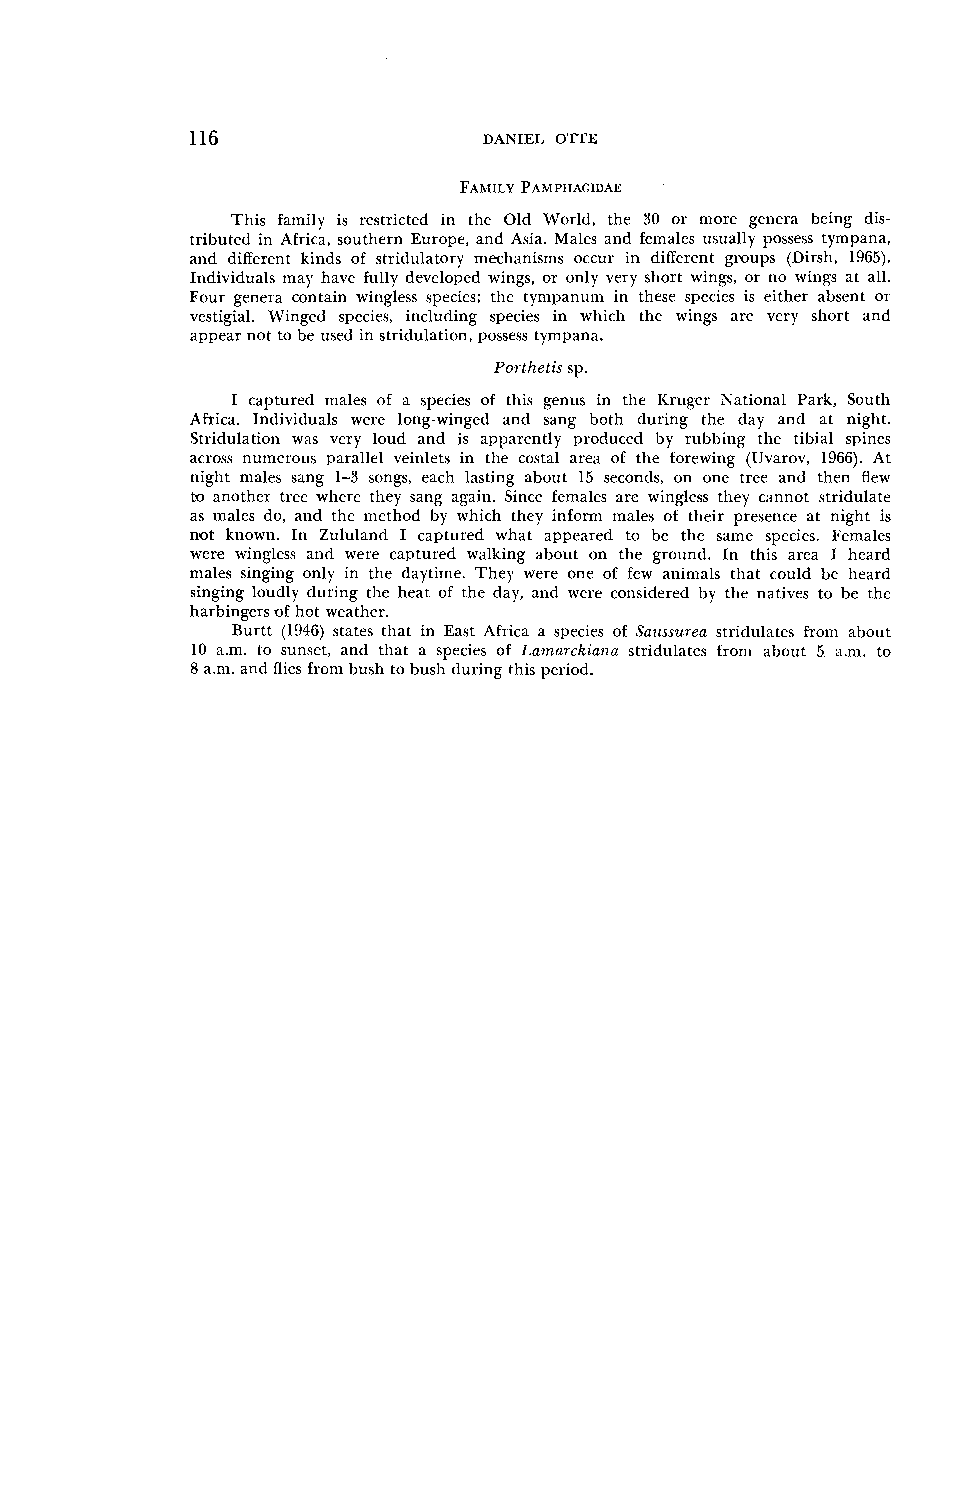
116                DANIEL OTTE
 This family is restricted in the Old World, the 30 or more genera being dis-
 tributed in Africa, southern Europe, and Asia. Males and females usually possess tympana,
 and different kinds of stridulatory mechanisms occur in different groups (Dirsh, 1965).
 Individuals may have fully developed wings, or only very short wings, or no wings at all.
 Four genera contain wingless species; the tympanum in these species is either absent or
 vestigial. Winged species, including species in which the wings are very short and
 appear not to be used in stridulation, possess tympana.
 Portlzetis sp.
 I captured males of a species of this genus in the Krugcr National Park, South
 Africa. Individuals were long-winged and sang both during thc day and at night.
 Stridulation was very loud and is apparently produced by rubbing the tibia1 spines
 across numerous parallel veinlets in the costal area of the forewing (Uvarov, l9GG). At
 night malcs sang 1-3 songs, each lasting about 15 seconds, on one tree and thcn flew
 to another tree where they sang again. Since females are wingless they cannot stridulate
 as males do, and the nicthod by which they inform nlales of their prescncc at night is
 not known. In Zululand I captured what appeared to be the same species. Females
 were wi~lglcss and were captured walking about on the grourld. In this area I heard
 males singing only in the daytime. They were one of few animals that could be heard
 singing loudly during the heat of the day, and were considcrcd by the natives to be the
 harbingers of hot weather.
 Burtt (1946) states that in East Africa a species of Saussc~reas tridulates fro111 about
 10 a.m. lo sunset, and that a species of La,na?-rkinnu stridulates from about 5 a.m. to
 8 a.m. and flies from b~isht o bus11 durirlg this period.